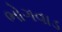
ભોગવાડ